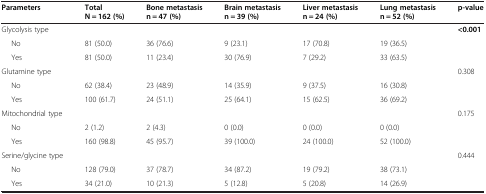
| Parameters | Total N = 162 (%) | Bone metastasis n = 47 (%) | Brain metastasis n = 39 (%) | Liver metastasis n = 24 (%) | Lung metastasis n = 52 (%) | p-value |
 | --- | --- | --- | --- | --- | --- | --- |
 | Glycolysis type |  |  |  |  |  | <0.001 |
 | No | 81 (50.0) | 36 (76.6) | 9 (23.1) | 17 (70.8) | 19 (36.5) |  |
 | Yes | 81 (50.0) | 11 (23.4) | 30 (76.9) | 7 (29.2) | 33 (63.5) |  |
 | Glutamine type |  |  |  |  |  | 0.308 |
 | No | 62 (38.4) | 23 (48.9) | 14 (35.9) | 9 (37.5) | 16 (30.8) |  |
 | Yes | 100 (61.7) | 24 (51.1) | 25 (64.1) | 15 (62.5) | 36 (69.2) |  |
 | Mitochondrial type |  |  |  |  |  | 0.175 |
 | No | 2 (1.2) | 2 (4.3) | 0 (0.0) | 0 (0.0) | 0 (0.0) |  |
 | Yes | 160 (98.8) | 45 (95.7) | 39 (100.0) | 24 (100.0) | 52 (100.0) |  |
 | Serine/glycine type |  |  |  |  |  | 0.444 |
 | No | 128 (79.0) | 37 (78.7) | 34 (87.2) | 19 (79.2) | 38 (73.1) |  |
 | Yes | 34 (21.0) | 10 (21.3) | 5 (12.8) | 5 (20.8) | 14 (26.9) |  |